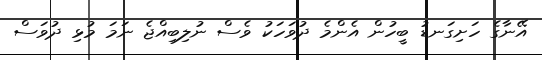
އޭނާގެ ހަށިގަނޑު ބީހުން އެންމެ ދުވަހަކު ވެސް ނުލިބިއްޖެ ނަމަ މުޅި ދުވަސް